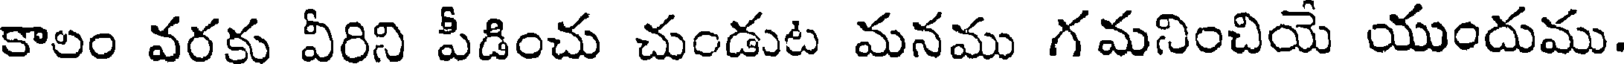
కాలం వరకు వీరిని పీడించు చుండుట మనము గమనించియే యుందుము